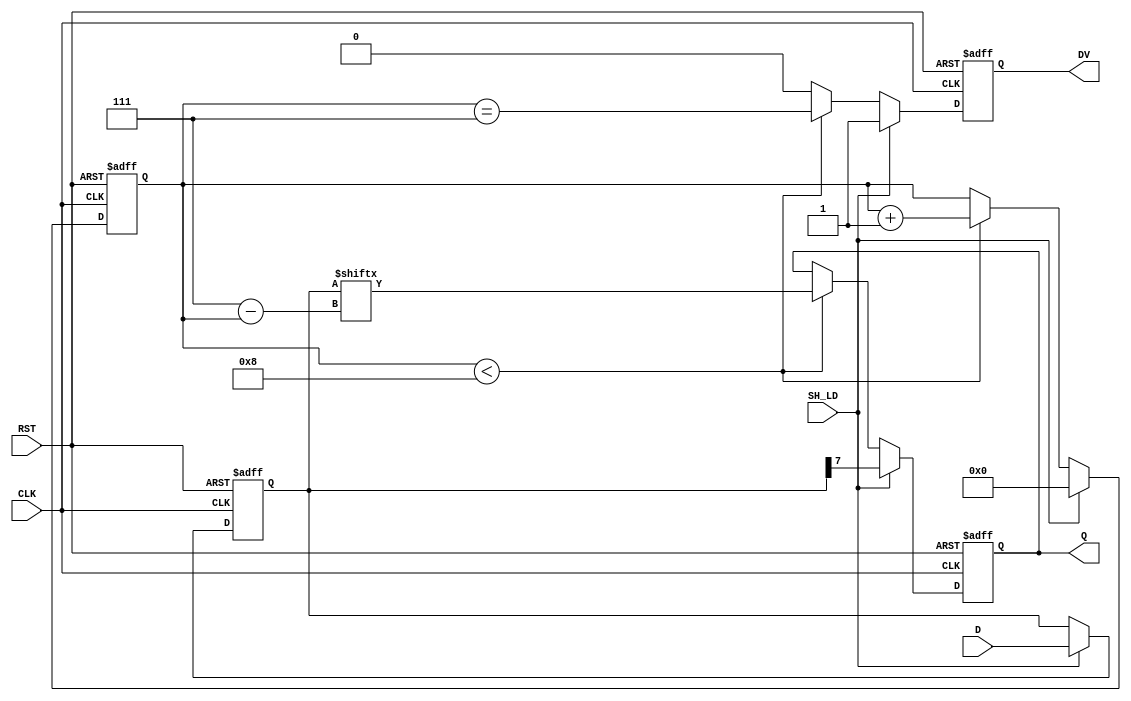
module PISO_Register #(
    parameter n = 8  // Size of the register (number of bits)
) (
    input wire [n-1:0] D,        // Parallel data input
    input wire SH_LD,            // Shift/Load control signal
    input wire CLK,              // Clock signal
    input wire RST,              // Asynchronous reset
    output reg Q,                // Serial output
    output reg DV                // Data valid output
);

    reg [n-1:0] shift_reg;       // Internal shift register
    reg [3:0] count;             // Counter for the number of bits shifted out

    always @(posedge CLK or posedge RST) begin
        if (RST) begin
            shift_reg <= 0;       // Clear the shift register
            Q <= 0;               // Clear the output
            DV <= 0;              // Clear Data Valid signal
            count <= 0;           // Clear the count
        end else begin
            if (SH_LD) begin
                // Load parallel data into the register
                shift_reg <= D;
                Q <= shift_reg[n-1]; // Output the MSB
                DV <= 1;              // Assert Data Valid signal
                count <= 0;           // Reset the count
            end else begin
                // Shift operation
                if (count < n) begin
                    Q <= shift_reg[n-1 - count]; // Output the next bit
                    count <= count + 1;         // Increment count
                    DV <= (count == n - 1);     // Assert DV only when the last bit is output
                end else begin
                    DV <= 0; // De-assert Data Valid signal after all bits are shifted out
                end
                
                // Shift right (LSB discarded) - not needed in this example, as we output directly
                // shift_reg <= {1'b0, shift_reg[n-1:1]}; // Example of shifting, if LSB zero filling is desired.
            end
        end
    end

endmodule